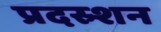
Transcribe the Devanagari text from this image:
प्रदस्र्शन